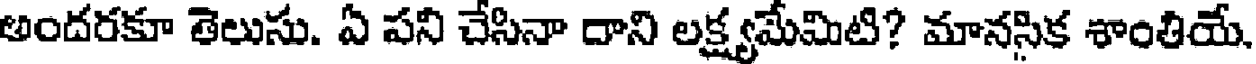
అందరకూ తెలుసు. ఏ పని చేసినా దాని లక్ష్యమేమిటి? మానసిక శాంతియే